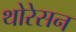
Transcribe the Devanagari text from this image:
थोरेसन